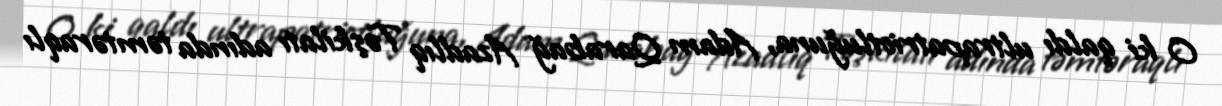
O ki qaldı ultrapatriotluğuna, Adam Qarabağ Azadlıq Təşkilatı adında təmtəraqlı